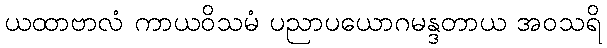
ယထာဗာလံ ကာယဝိသမံ ပညာပယောဂမန္ဒတာယ အဝသရိ